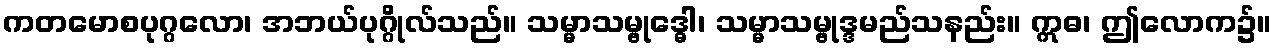
ကတမောစပုဂ္ဂလော၊ အဘယ်ပုဂ္ဂိုလ်သည်။ သမ္မာသမ္ဗုဒ္ဓေါ၊ သမ္မာသမ္ဗုဒ္ဒမည်သနည်း။ ဣဓ၊ ဤလောက၌။